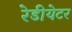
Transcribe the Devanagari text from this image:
रेडीयेटर